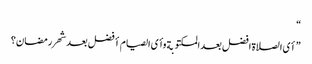
“
”أی الصلاة افضل بعد المکتوبة وأی الصیام أفضل بعد شهر رمضان؟